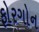
ફોરગોન